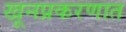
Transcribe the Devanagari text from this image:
खूनप्रकरणात